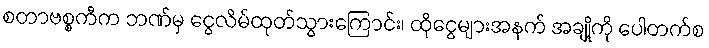
စတာဗစ္စကီက ဘဏ်မှ ငွေလိမ်ထုတ်သွားကြောင်း၊ ထိုငွေများအနက် အချို့ကို ပေါတက်စ